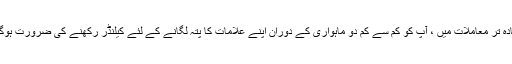
زیادہ تر معاملات میں ، آپ کو کم سے کم دو ماہواری کے دوران اپنے علامات کا پتہ لگانے کے لئے کیلنڈر رکھنے کی ضرورت ہوگی۔